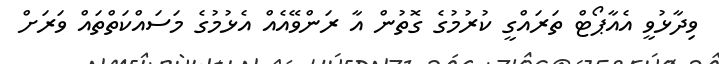
ވިދާޅުވީ އެއާޕޯޓް ތަރައްގީ ކުރުމުގެ ގޮތުން އާ ރަންވޭއެއް އެޅުމުގެ މަސައްކަތްތައް ވަރަށް